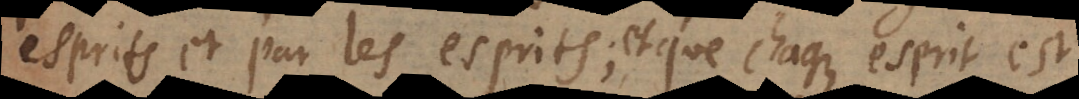
esprits et par les esprits; et que chaque esprit es